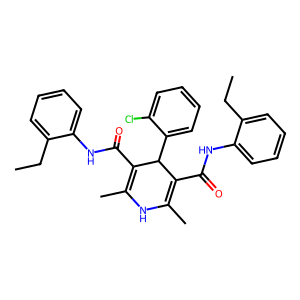
SMILES: CCc1ccccc1NC(=O)C1=C(C)NC(C)=C(C(=O)Nc2ccccc2CC)C1c1ccccc1Cl
Inhibits HIV replication: No